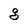
Character: g